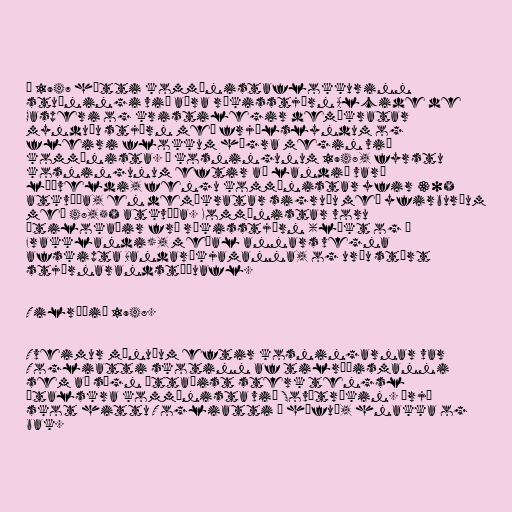
ð 1947 hætti kommúnistaflokkurinn
stuðningi við aðra ríkisstjórn Alcide de
Gasperi og kristilegir demókratar
mynduðu stjórn með frjálslyndum og
fleiri flokkum hægra megin við
kommúnista. Í kosningunum 1948, fyrstu
kosningunum eftir að landið varð
lýðveldi, fengu kommúnistar yfir 30%
atkvæða, en demókratar sigruðu með yfirburðum
með 48,5% atkvæða. Kommúnistar voru
útilokaðir frá ríkisstjórn (líkt og í
Frakklandi), meðal annars vegna
afskipta Bandaríkjamanna, og urðu stórt
stjórnarandstöðuafl.

Tilræðið 1948.

Tveimur mánuðum eftir kosningarnar var
Togliatti skotinn af tilræðismanni
sem að sögn óttaðist sterk tengsl
ítalskra kommúnista við Sovétríkin. Þrjú
skot hittu Togliatti í höfuð, hnakka og
bak.